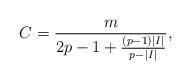
LaTeX: \begin{align*}C = \frac{m}{2p-1+ \frac{(p-1)|I|}{p- |I|}},\end{align*}